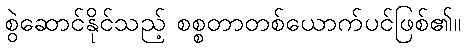
စွဲဆောင်နိုင်သည့် စစ္စတာတစ်ယောက်ပင်ဖြစ်၏။